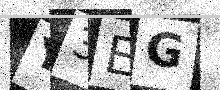
Text: Y3EG